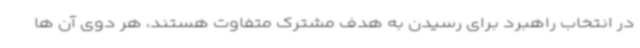
در انتخاب راهبرد برای رسیدن به هدف مشترک متفاوت هستند، هر دوی آن ها